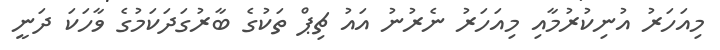
މިއަހަރު އުނިކުރުމާއި މިއަހަރު ނެރުނު އައު ޗިޕް ތަކުގެ ބާރުގަދަކަމުގެ ވާހަކަ ދަނީ